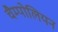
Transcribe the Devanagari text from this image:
चैम्पोलियन